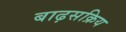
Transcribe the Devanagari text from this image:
बाढ़सक्रिय